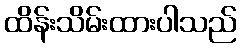
ထိန်းသိမ်းထားပါသည်